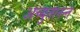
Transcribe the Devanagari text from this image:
अच्युतानन्त